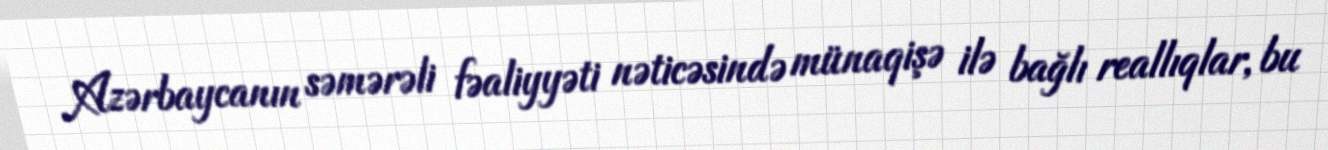
Azərbaycanın səmərəli fəaliyyəti nəticəsində münaqişə ilə bağlı reallıqlar, bu